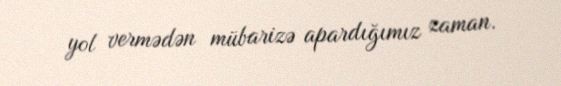
yol vermədən mübarizə apardığımız zaman.